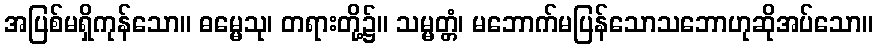
အပြစ်မရှိကုန်သော။ ဓမ္မေသု၊ တရားတို့၌။ သမ္မတ္တံ၊ မဘောက်မပြန်သောသဘောဟုဆိုအပ်သော။